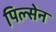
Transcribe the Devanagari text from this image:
पिल्सेन